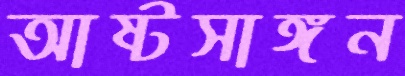
আষ্টসাঙ্গন